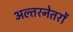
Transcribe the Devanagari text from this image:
अल्तरनेतरों